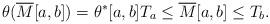
LaTeX: \begin{align*}\theta(\overline{M}[a,b])=\theta^*[a,b]T_a \le \overline{M}[a,b] \le T_b.\end{align*}